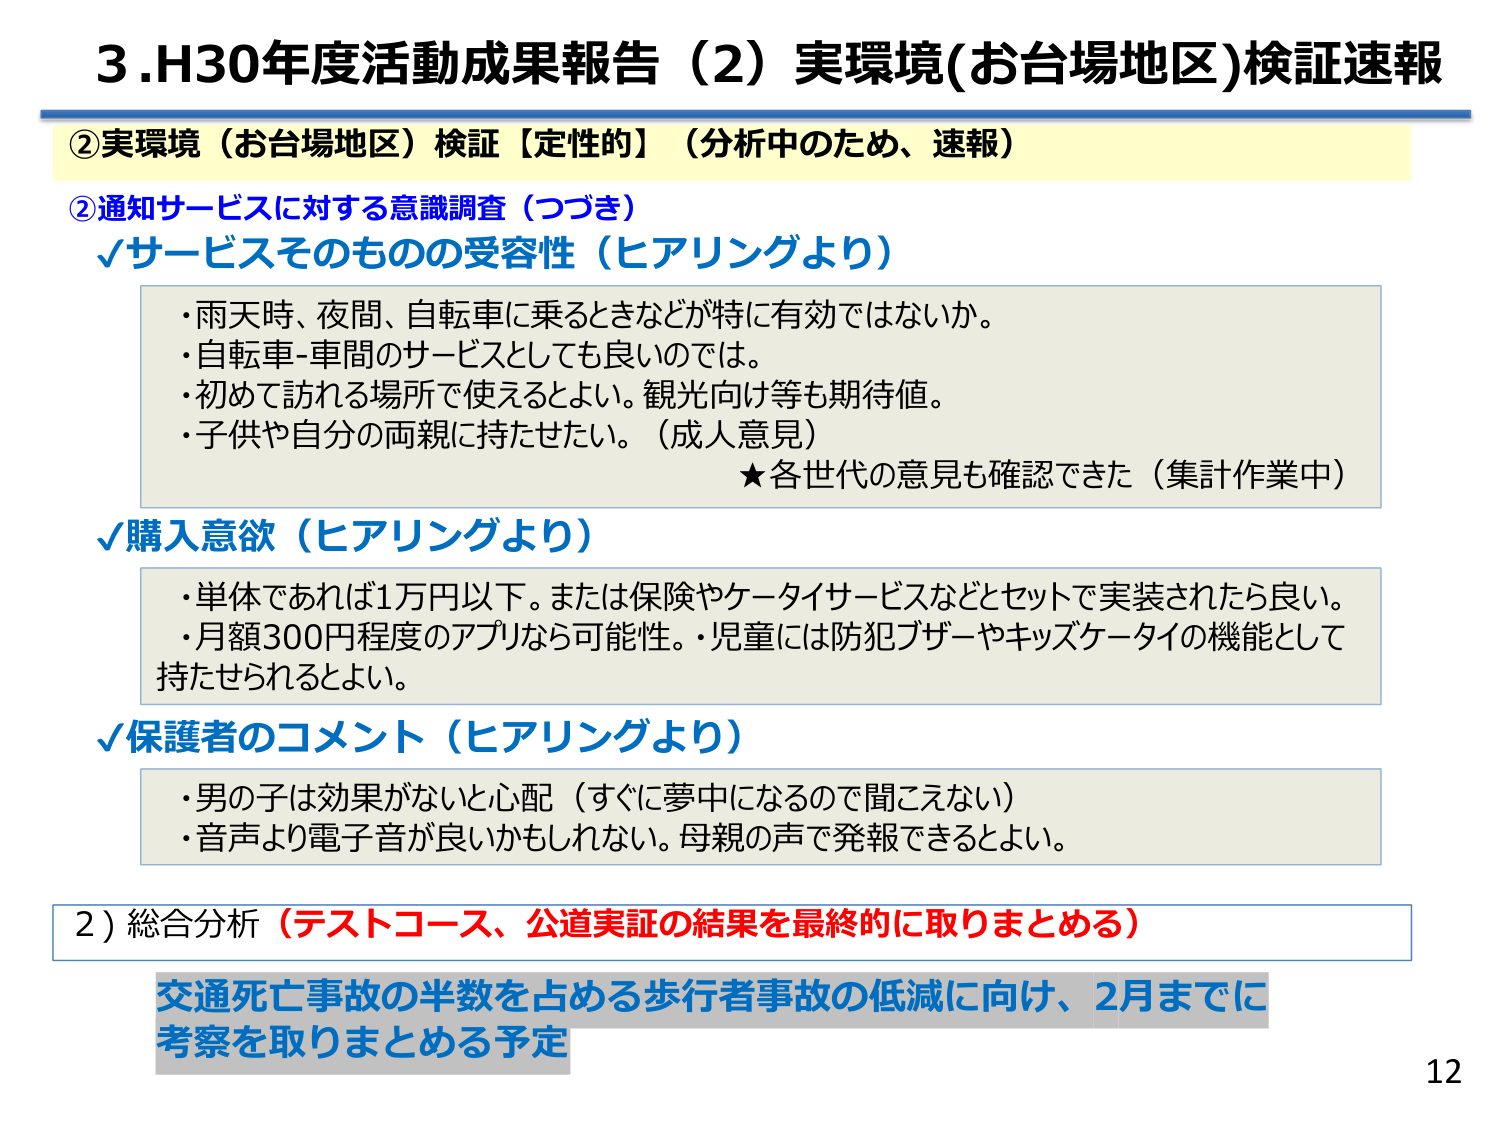
3.H30年度活動成果報告（2）実環境(お台場地区)検証速報

②実環境（お台場地区）検証【定性的】（分析中のため、速報）

②通知サービスに対する意識調査（つづき）
✓サービスそのものの受容性（ヒアリングより）
・雨天時、夜間、自転車に乗るときなどが特に有効ではないか。
・自転車-車間のサービスとしても良いのでは。
・初めて訪れる場所で使えるとよい。観光向け等も期待値。
・子供や自分の両親に持たせたい。（成人意見）
★各世代の意見も確認できた（集計作業中）

✓購入意欲（ヒアリングより）
・単体であれば1万円以下。または保険やケータイサービスなどとセットで実装されたら良い。
・月額300円程度のアプリなら可能性。・児童には防犯ブザーやキッズケータイの機能として持たせられるとよい。

✓保護者のコメント（ヒアリングより）
・男の子は効果がないと心配（すぐに夢中になるので聞こえない）
・音声より電子音が良いかもしれない。母親の声で発報できるとよい。

2）総合分析（テストコース、公道実証の結果を最終的に取りまとめる）
交通死亡事故の半数を占める歩行者事故の低減に向け、2月までに
考察を取りまとめる予定

12